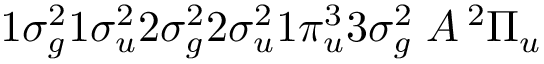
1 \sigma _ { g } ^ { 2 } 1 \sigma _ { u } ^ { 2 } 2 \sigma _ { g } ^ { 2 } 2 \sigma _ { u } ^ { 2 } 1 \pi _ { u } ^ { 3 } 3 \sigma _ { g } ^ { 2 } \; A \, ^ { 2 } \Pi _ { u }